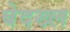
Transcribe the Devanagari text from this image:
बेदख्ल